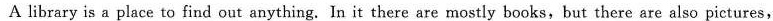
A library is a place to find out anything. In it there are mostly books,but there are also pictures,